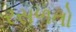
રસળતો